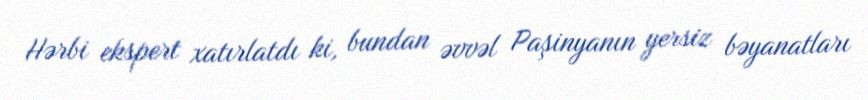
Hərbi ekspert xatırlatdı ki, bundan əvvəl Paşinyanın yersiz bəyanatları